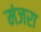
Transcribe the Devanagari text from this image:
मंजरा